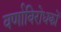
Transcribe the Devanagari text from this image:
वर्णाविरोधकों